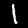
Label: 1